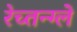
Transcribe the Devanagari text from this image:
रेच्तन्ग्ले